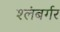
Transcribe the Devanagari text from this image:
श्लंबर्गर